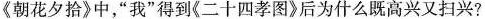
《朝花夕拾》中，”我”得到《二十四孝图》后为什么既高兴又扫兴?